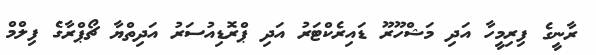
ރާނީގެ ފިރިމީހާ އަދި މަޝްހޫރޫ ޑައިރެކްޓަރު އަދި ޕްރޮޑިއުސަރު އަދިތްޔާ ޗޯޕްރާގެ ފިލްމް